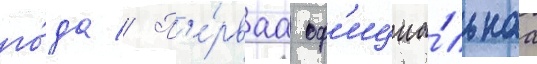
го́да // П'е́рваа оф'ициа́льнаа